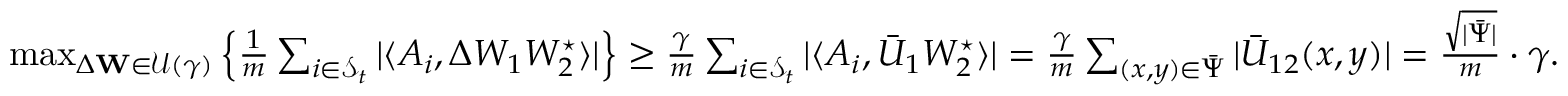
\begin{array} { r } { \operatorname* { m a x } _ { \Delta \mathbf { W } \in \mathcal { U } ( \gamma ) } \left\{ \frac { 1 } { m } \sum _ { i \in { \mathcal { S } _ { t } } } | \langle A _ { i } , \Delta W _ { 1 } W _ { 2 } ^ { \star } \rangle | \right\} \geq \frac { \gamma } { m } \sum _ { i \in { \mathcal { S } _ { t } } } | \langle A _ { i } , \bar { U } _ { 1 } W _ { 2 } ^ { \star } \rangle | = \frac { \gamma } { m } \sum _ { ( x , y ) \in \bar { \Psi } } | \bar { U } _ { 1 2 } ( x , y ) | = \frac { \sqrt { | \bar { \Psi } | } } { m } \cdot \gamma . } \end{array}